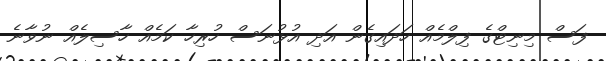
ފަސް މިނިޓްގެ ފިލްމެއް ހަދައިގެން އަދި އުޅުނަސް ހުރިހާ ކަމެއް ހާސިލެއް ނުވާނެ